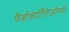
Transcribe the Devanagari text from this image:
फैब्रोकार्टिलेजीनस